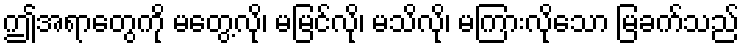
ဤအရာတွေကို မတွေ့လို၊ မမြင်လို၊ မသိလို၊ မကြားလိုသော မြခက်သည်